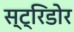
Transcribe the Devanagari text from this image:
स्ट्रिडोर